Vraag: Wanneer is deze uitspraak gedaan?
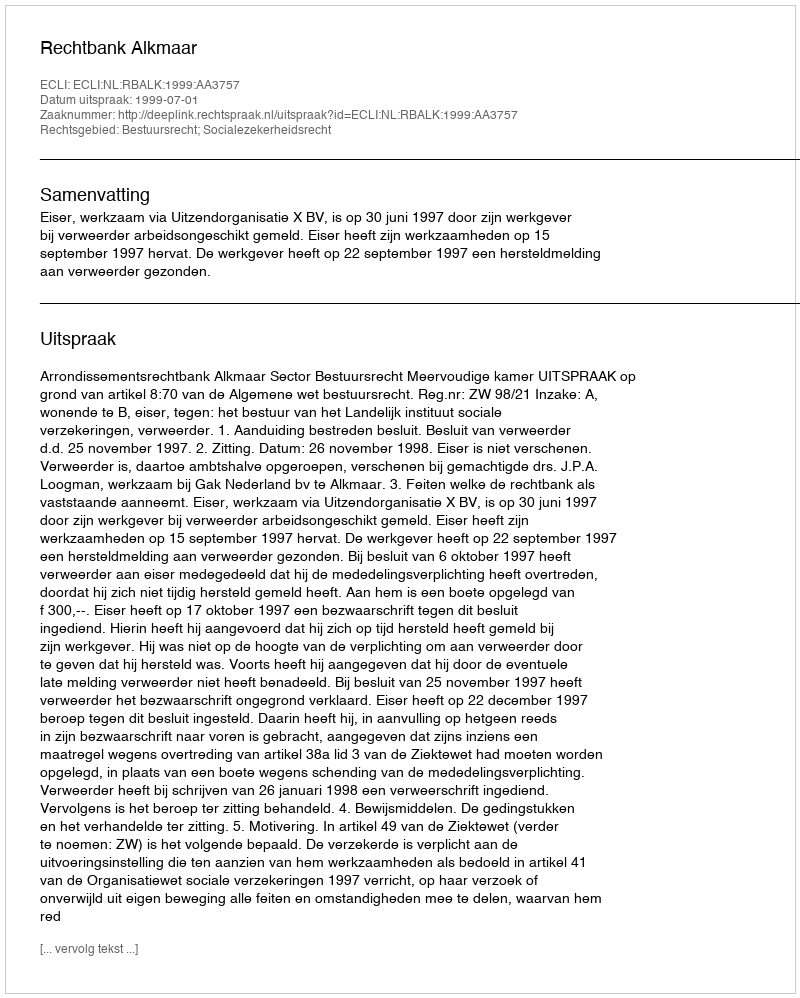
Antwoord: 1999-07-01